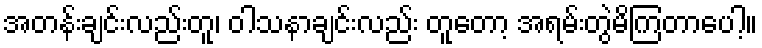
အတန်းချင်းလည်းတူ၊ ဝါသနာချင်းလည်း တူတော့ အရမ်းတွဲမိကြတာပေါ့။